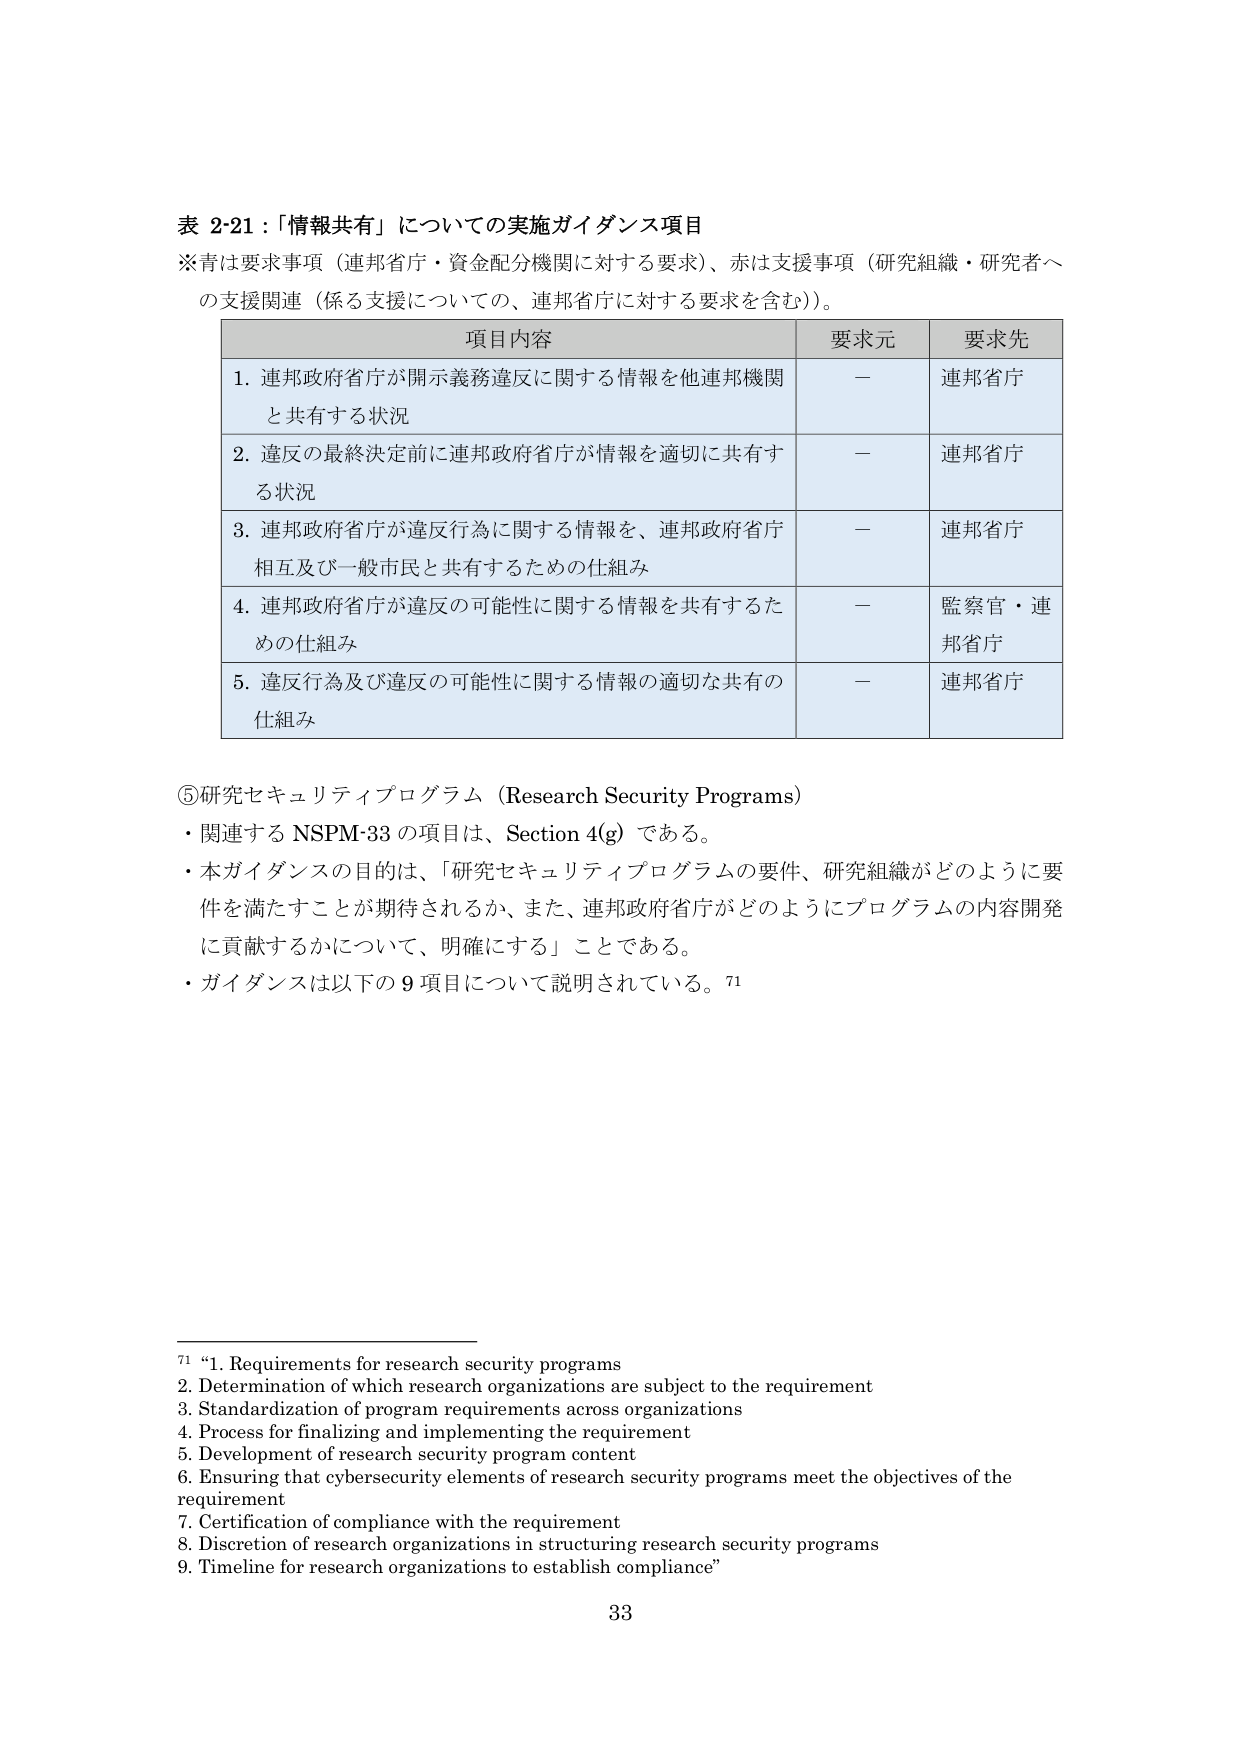
表 2-21：「情報共有」についての実施ガイダンス項目
※青は要求事項（連邦省庁・資金配分機関に対する要求）、赤は支援事項（研究組織・研究者への支援関連（係る支援についての、連邦省庁に対する要求を含む））。

| 項目内容 | 要求元 | 要求先 |
|----------|--------|--------|
| 1. 連邦政府省庁が開示義務違反に関する情報を他連邦機関と共有する状況 | — | 連邦省庁 |
| 2. 違反の最終決定前に連邦政府省庁が情報を適切に共有する状況 | — | 連邦省庁 |
| 3. 連邦政府省庁が違反行為に関する情報を、連邦政府省庁相互及び一般市民と共有するための仕組み | — | 連邦省庁 |
| 4. 連邦政府省庁が違反の可能性に関する情報を共有するための仕組み | — | 監察官・連邦省庁 |
| 5. 違反行為及び違反の可能性に関する情報の適切な共有の仕組み | — | 連邦省庁 |

⑤研究セキュリティプログラム（Research Security Programs）
・関連する NSPM-33 の項目は、Section 4(g) である。
・本ガイダンスの目的は、「研究セキュリティプログラムの要件、研究組織がどのように要件を満たすことが期待されるか、また、連邦政府省庁がどのようにプログラムの内容開発に貢献するかについて、明確にする」ことである。
・ガイダンスは以下の 9 項目について説明されている。71

71 “1. Requirements for research security programs
2. Determination of which research organizations are subject to the requirement
3. Standardization of program requirements across organizations
4. Process for finalizing and implementing the requirement
5. Development of research security program content
6. Ensuring that cybersecurity elements of research security programs meet the objectives of the requirement
7. Certification of compliance with the requirement
8. Discretion of research organizations in structuring research security programs
9. Timeline for research organizations to establish compliance”

33